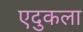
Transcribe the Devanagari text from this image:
एदुकला